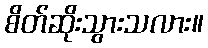
စိတ်ဆိုးသွားသလား။